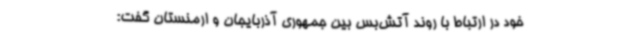
خود در ارتباط با روند آتش‌بس بین جمهوری آذربایجان و ارمنستان گفت: